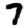
Digit: 7